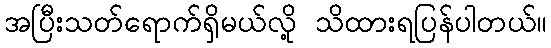
အပြီးသတ်ရောက်ရှိမယ်လို့ သိထားရပြန်ပါတယ်။